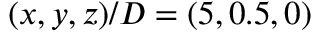
( x , y , z ) / D = ( 5 , 0 . 5 , 0 )